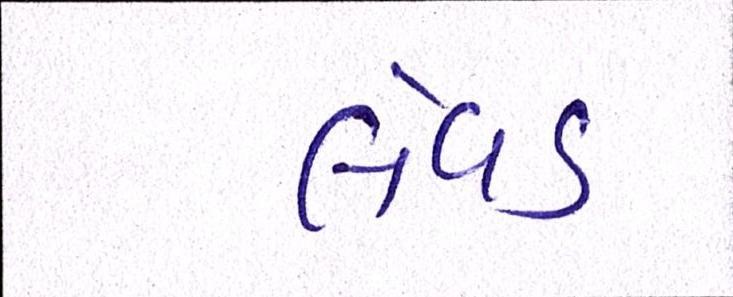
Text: લેવડ